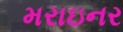
મરાઇનર